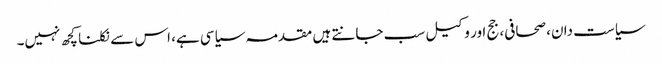
سیاست دان، صحافی، جج اور وکیل سب جانتے ہیں مقدمہ سیاسی ہے، اس سے نکلنا کچھ نہیں۔